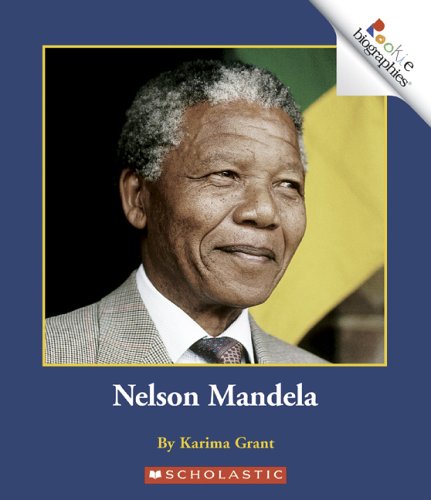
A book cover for Nelson Mandela (Rookie Biographies); Karima Grant; Children's Books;